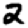
Digit: 2